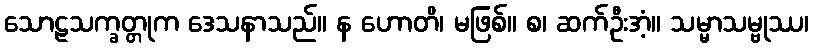
သောဠသက္ခတ္တုက ဒေသနာသည်။ န ဟောတိ၊ မဖြစ်။ စ၊ ဆက်ဦးအံ့။ သမ္မာသမ္ဗုဿ၊